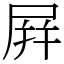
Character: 屛